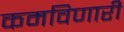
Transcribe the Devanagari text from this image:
कमविणारी